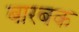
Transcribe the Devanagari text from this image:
बारबक